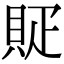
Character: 䝪